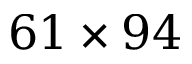
6 1 \times 9 4